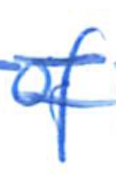
Text: of
Cross-out: double-line
Writing tool: ballpoint